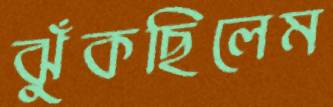
ঝুঁকছিলেম